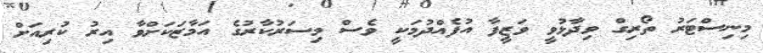
މިނިސްޓަރު ތޯރިގް ވިދާޅުވީ ވަޒީފާ އުފެއްދުމަކީ ވެސް މިސަރުކާރުގެ އަމާޒަކަށްވާ އިރު ކުރިއަށް